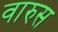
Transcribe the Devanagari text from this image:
वारुस